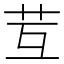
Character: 𦬚